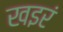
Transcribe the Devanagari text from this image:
खइरं